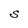
Character: S